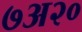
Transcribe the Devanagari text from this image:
७अ२०